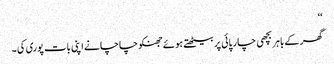
‘‘
گھر کے باہر بچھی چار پائی پر بیٹھتے ہوئے جھنکو چاچا نے اپنی بات پوری کی ۔